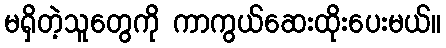
မရှိတဲ့သူတွေကို ကာကွယ်ဆေးထိုးပေးမယ်။